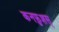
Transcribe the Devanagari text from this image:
कनफ़ुशस्